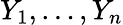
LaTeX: Y_{1},\dots,Y_{n}